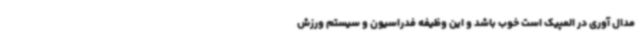
مدال آوری در المپیک است خوب باشد و این وظیفه فدراسیون و سیستم ورزش